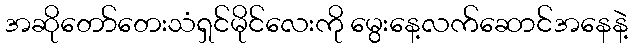
အဆိုတော်တေးသံရှင်မိုင်လေးကို မွေးနေ့လက်ဆောင်အနေနဲ့